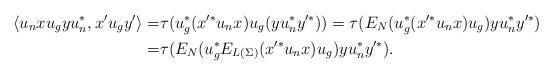
LaTeX: \begin{align*}\langle u_nxu_gy u_n^*,x'u_gy'\rangle=&\tau(u_g^*(x'^*u_nx)u_g(yu_n^*y'^*))=\tau(E_N(u_g^*(x'^*u_nx)u_g)yu_n^*y'^*)\\=&\tau(E_N(u_g^*E_{L(\Sigma)}(x'^*u_nx)u_g)yu_n^*y'^*).\end{align*}